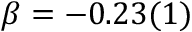
\beta = - 0 . 2 3 ( 1 )